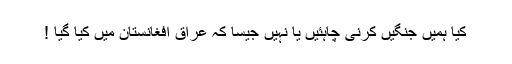
کیا ہمیں جنگیں کرنی چاہئیں یا نہیں جیسا کہ عراق افغانستان میں کیا گیا !